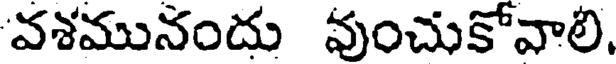
'వశమునందు వుంచుకోవాలి,